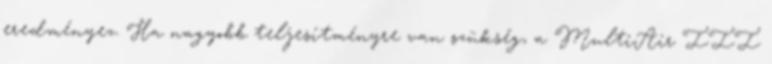
eredményez. Ha nagyobb teljesítményre van szükség, a MultiAir III